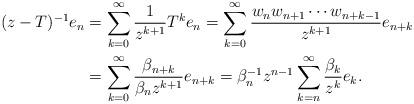
LaTeX: \begin{align*}(z-T)^{-1}e_n&=\sum\limits_{k=0}^{\infty}\frac{1}{z^{k+1}}T^k e_n=\sum\limits_{k=0}^{\infty}\frac{w_nw_{n+1}\cdots w_{n+k-1}}{z^{k+1}}e_{n+k}\\&=\sum\limits_{k=0}^{\infty}\frac{\beta_{n+k}}{\beta_n z^{k+1}}e_{n+k}=\beta_n^{-1}z^{n-1}\sum\limits_{k=n}^{\infty}\frac{\beta_k}{z^k}e_k.\end{align*}